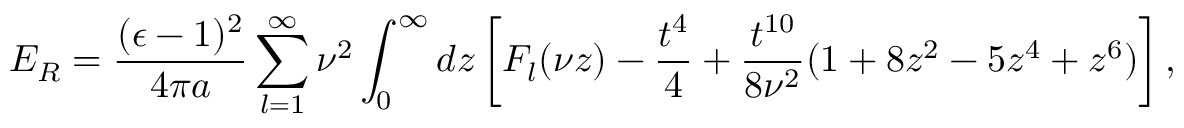
E _ { R } = { \frac { ( \epsilon - 1 ) ^ { 2 } } { 4 \pi a } } \sum _ { l = 1 } ^ { \infty } \nu ^ { 2 } \int _ { 0 } ^ { \infty } d z \left[ F _ { l } ( \nu z ) - { \frac { t ^ { 4 } } { 4 } } + { \frac { t ^ { 1 0 } } { 8 \nu ^ { 2 } } } ( 1 + 8 z ^ { 2 } - 5 z ^ { 4 } + z ^ { 6 } ) \right] ,